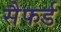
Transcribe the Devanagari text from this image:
सैफर्ड